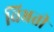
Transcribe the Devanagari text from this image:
विभ्रती